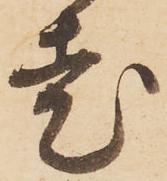
老